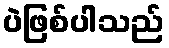
ပဲဖြစ်ပါသည်